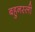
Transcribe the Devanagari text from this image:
बहुनस्ली